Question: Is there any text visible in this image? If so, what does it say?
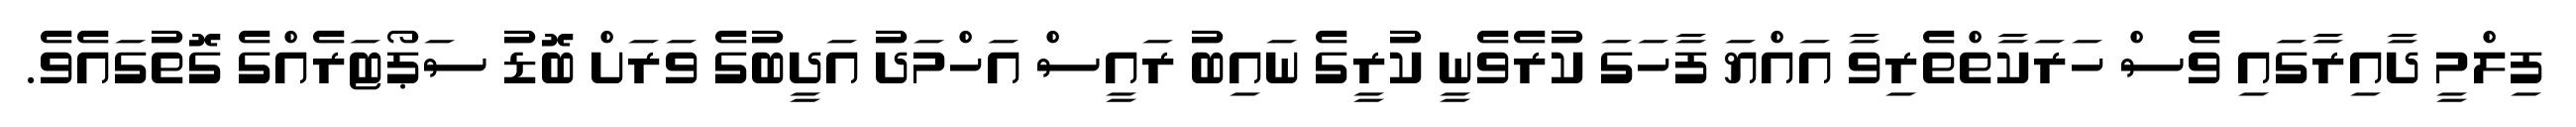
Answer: ފިލްމީ ދާއިރާގައި ވެސް ހަރަކާތްތެރިވާ އައްޔަ ފާހަގަ ކުރެވެނީ ކުރީގެ ނައިބު ރައީސް އަހްމަދު އަދީބުގެ ވަރަށް ބޮޑު ސަޕޯޓަރެއްގެ ގޮތުގައެވެ.